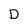
Character: D